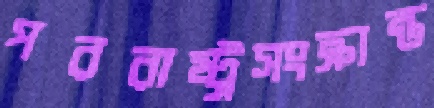
পররাষ্ট্রসংক্রান্ত